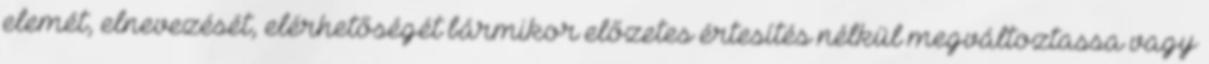
elemét, elnevezését, elérhetőségét bármikor előzetes értesítés nélkül megváltoztassa vagy